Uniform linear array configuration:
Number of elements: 8
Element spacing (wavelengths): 0.5
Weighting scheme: cosine
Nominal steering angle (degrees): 60
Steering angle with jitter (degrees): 58.957
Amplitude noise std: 0.05
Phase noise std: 0.05

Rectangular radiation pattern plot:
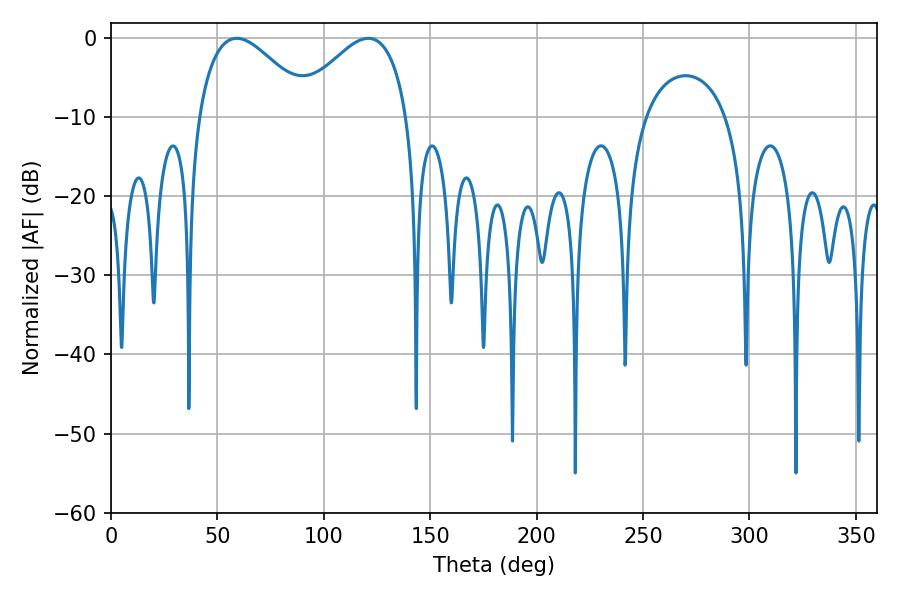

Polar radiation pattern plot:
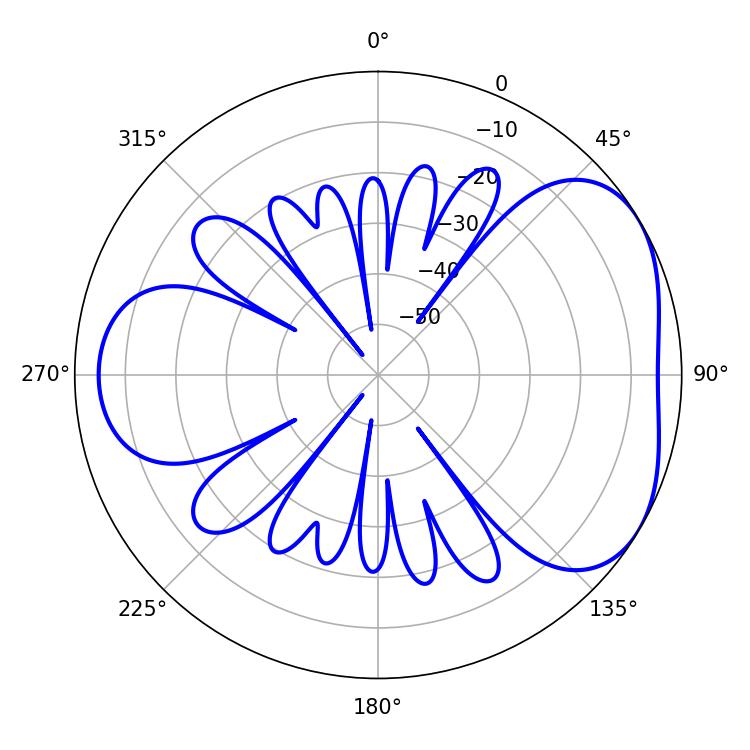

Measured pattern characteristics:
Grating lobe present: FALSE
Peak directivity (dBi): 4.259
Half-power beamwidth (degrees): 28.62
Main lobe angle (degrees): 59.04